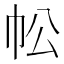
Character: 𢁷